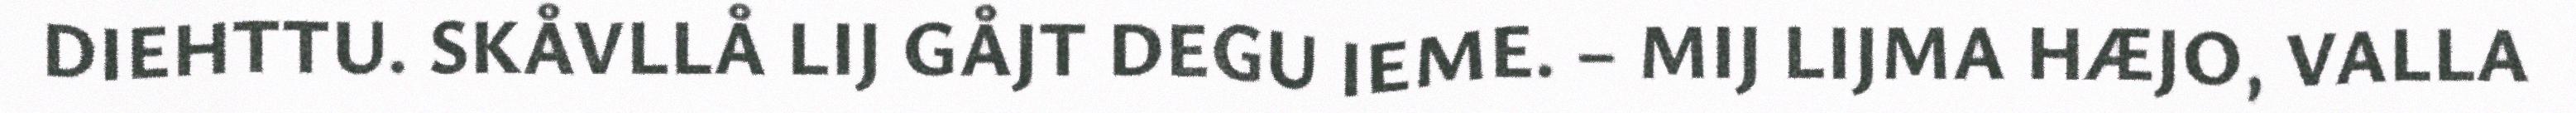
DIEHTTU. SKÅVLLÅ LIJ GÅJT DEGU IEME. – MIJ LIJMA HÆJO, VALLA